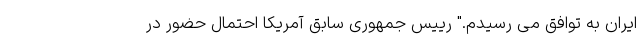
ایران به توافق می رسیدم." رییس جمهوری سابق آمریکا احتمال حضور در